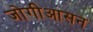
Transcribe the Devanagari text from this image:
जोगीआसन